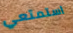
استمتعي